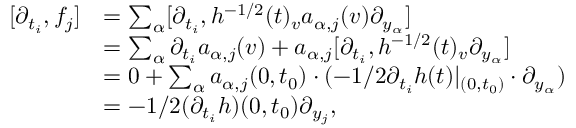
\begin{array} { r l } { [ \partial _ { t _ { i } } , f _ { j } ] } & { = \sum _ { \alpha } [ \partial _ { t _ { i } } , h ^ { - 1 / 2 } ( t ) _ { v } a _ { \alpha , j } ( v ) \partial _ { y _ { \alpha } } ] } \\ & { = \sum _ { \alpha } \partial _ { t _ { i } } a _ { \alpha , j } ( v ) + a _ { \alpha , j } [ \partial _ { t _ { i } } , h ^ { - 1 / 2 } ( t ) _ { v } \partial _ { y _ { \alpha } } ] } \\ & { = 0 + \sum _ { \alpha } a _ { \alpha , j } ( 0 , t _ { 0 } ) \cdot ( - 1 / 2 \partial _ { t _ { i } } h ( t ) | _ { ( 0 , t _ { 0 } ) } \cdot \partial _ { y _ { \alpha } } ) } \\ & { = - 1 / 2 ( \partial _ { t _ { i } } h ) ( 0 , t _ { 0 } ) \partial _ { y _ { j } } , } \end{array}